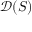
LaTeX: { \mathcal { D } } ( S )